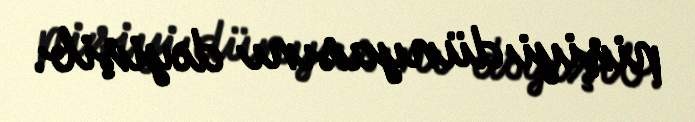
pişiyi dünyasını dəyişib.